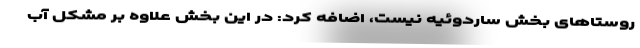
روستاهای بخش ساردوئیه نیست، اضافه کرد: در این بخش علاوه بر مشکل آب